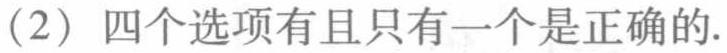
(2) 四个选项有且只有一个是正确的.